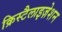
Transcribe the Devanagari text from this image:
क्रिस्टैलाइज़ेशन